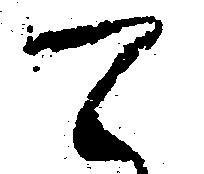
て